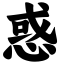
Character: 惑